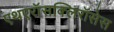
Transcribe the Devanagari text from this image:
एथएरॉसक्लिरॉसेस